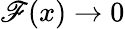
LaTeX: \mathscr{F}(x)\rightarrow0